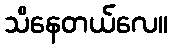
သိနေတယ်လေ။